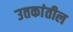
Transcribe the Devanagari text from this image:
उतकांतील